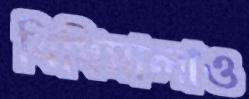
বিধিমালাও